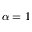
\alpha = 1